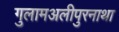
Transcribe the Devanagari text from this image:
गुलामअलीपुरनाथा